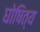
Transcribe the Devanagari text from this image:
घोषित्य